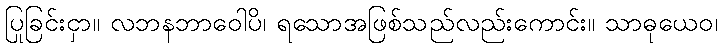
ပြုခြင်းငှာ။ လဘနဘာဝေါပိ၊ ရသောအဖြစ်သည်လည်းကောင်း။ သာဓုယေဝ၊